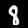
Label: 8